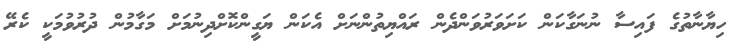
ހިޔާނާތުގެ ފައިސާ ނުނަގާކަން ކަށަވަރުވަންދެން ރައްޔިތުންނަށް އެކަން ޔަގީންކޮށްދިނުމަށް މަގާމުން ދުރުވުމަކީ ކެރޭ